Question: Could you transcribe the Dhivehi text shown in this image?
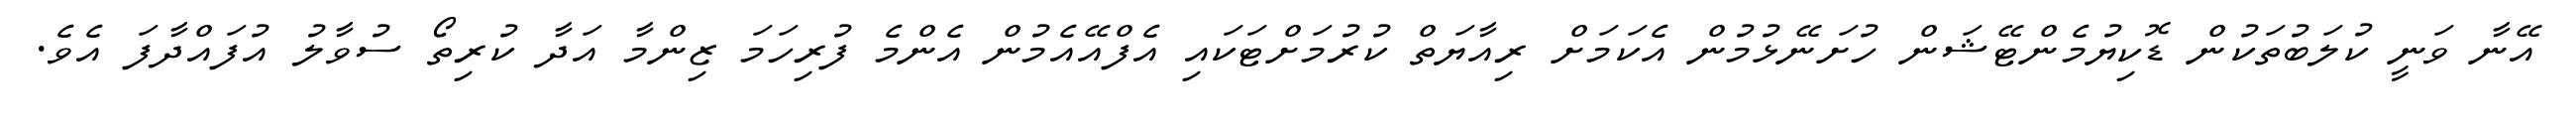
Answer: އޭނާ ވަނީ ކުލަބުތަކުން ޑޮކިޔުމެންޓޭޝަން ހުށަނޭޅުމުން އެކަމަށް ރިއާޔަތް ކުރުމަށްޓަކައި އެފްއޭއެމުން އެންމެ ފުރިހަމަ ޒިންމާ އަދާ ކުރިތޯ ސުވާލު އުފައްދާފަ އެވެ.